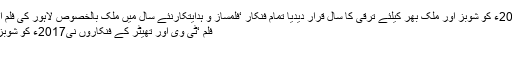
فلم ‘ٹی وی اور تھیٹر کے فنکاروں نی2017ء کو شوبز اور ملک بھر کیلئے ترقی کا سال قرار دیدیا تمام فنکار ‘فلمساز و ہدایتکارنئے سال میں ملک بالخصوص لاہور کی فلم انڈسٹری اور شوبز کی ترقی کیلئے پر عزم
فلم ‘ٹی وی اور تھیٹر کے فنکاروں نی2017ء کو شوبز اور ملک بھر کیلئے ترقی کا سال قرار ..
لاہور۔